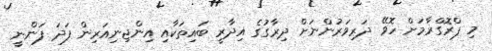
މި ޕްރޮގްރާމަށް ހޮވޭ ދަރިވަރުންނަށް ދިރާގުގެ އިދާރީ ބައިތަކާއި އިންޖިނިއަރިން ފަދަ ފަންނީ